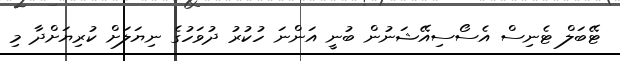
ޓޭބަލް ޓެނިސް އެސޯސިއޭޝަނުން ބުނީ އަންނަ ހުކުރު ދުވަހުގެ ނިޔަލަށް ކުރިޔަށްދާ މި